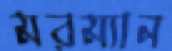
মরম্যান